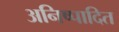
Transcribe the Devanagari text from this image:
अनिष्पादित